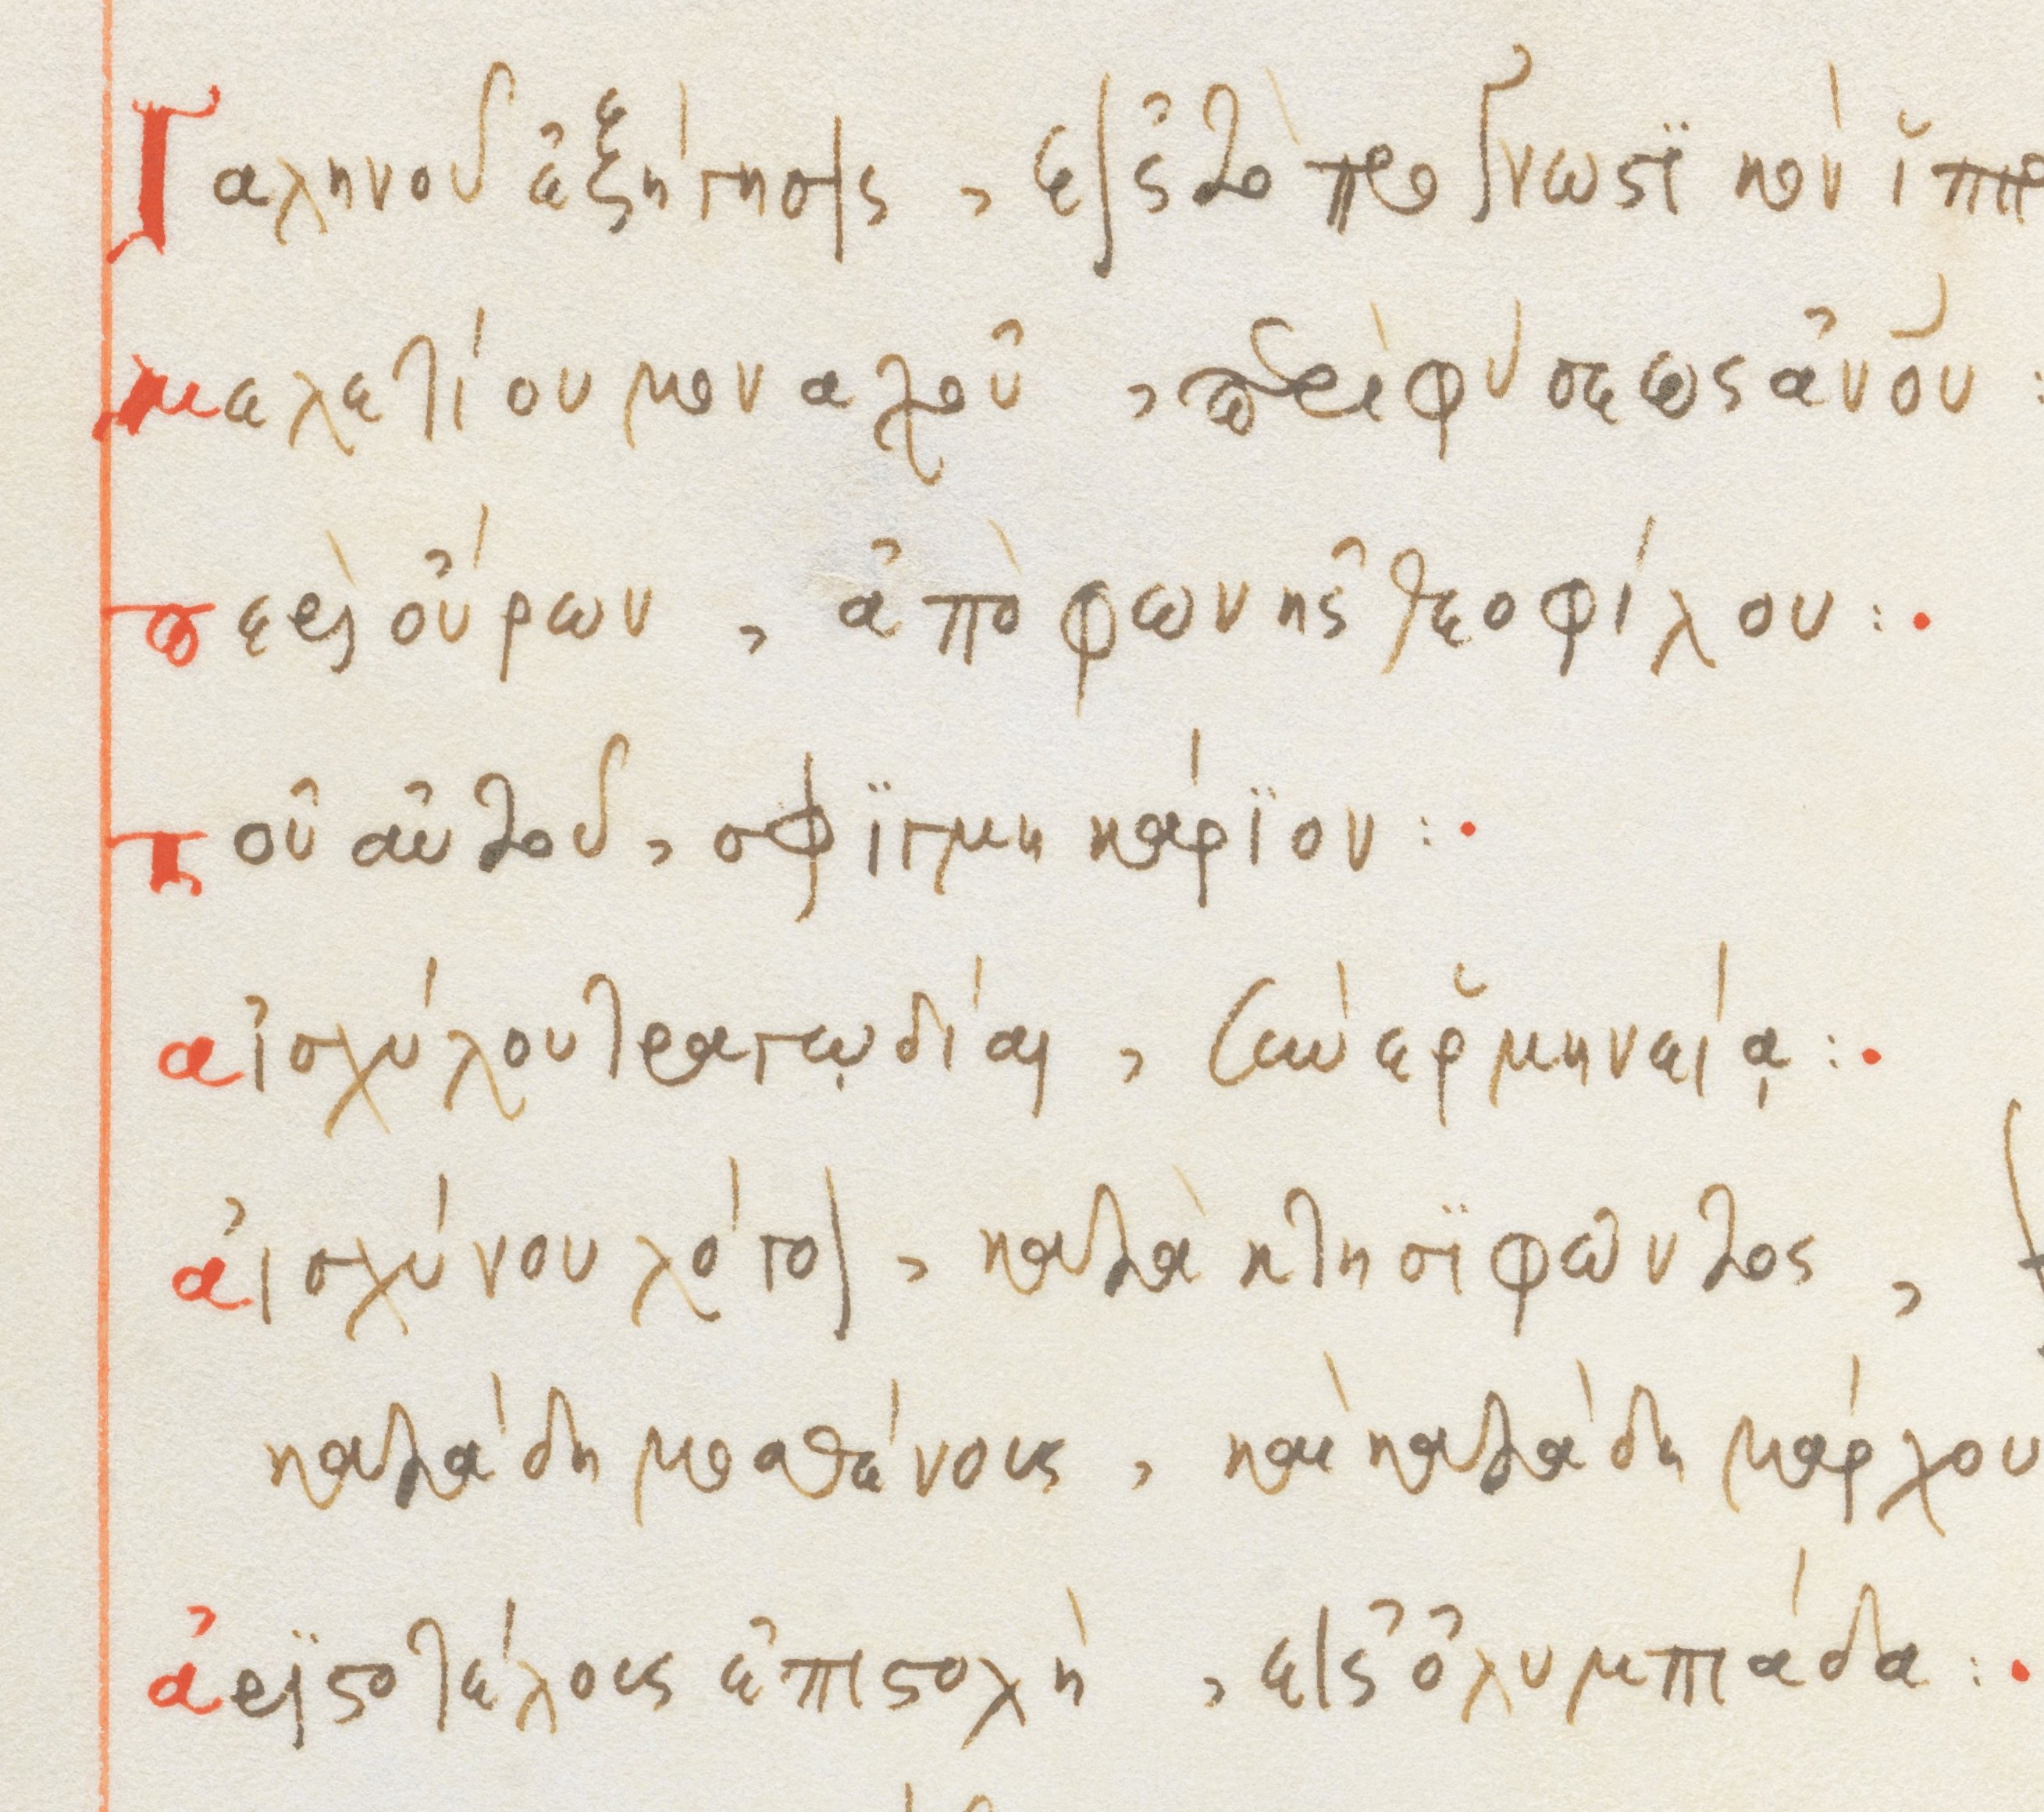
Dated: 1564–1564